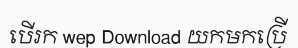
បើរក wep Download យកមកប្រើ